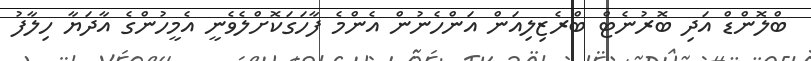
ބްލޮންޑް އަދި ބޮރުނެޓް ބްރެޒިލިއަން އަންހެނުން އެންމެ ފާހަގަކޮށްލެވެނީ އެމީހުންގެ އާދަޔާ ހިލާފު